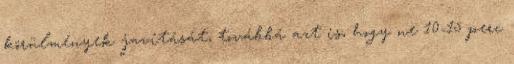
körülmények javítását, továbbá azt is, hogy ne 10-15 perc